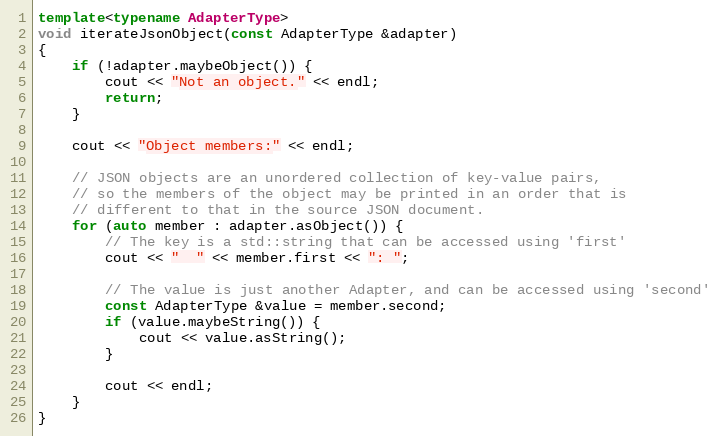
Language: C++
template<typename AdapterType>
void iterateJsonObject(const AdapterType &adapter)
{
    if (!adapter.maybeObject()) {
        cout << "Not an object." << endl;
        return;
    }

    cout << "Object members:" << endl;

    // JSON objects are an unordered collection of key-value pairs,
    // so the members of the object may be printed in an order that is
    // different to that in the source JSON document.
    for (auto member : adapter.asObject()) {
        // The key is a std::string that can be accessed using 'first'
        cout << "  " << member.first << ": ";

        // The value is just another Adapter, and can be accessed using 'second'
        const AdapterType &value = member.second;
        if (value.maybeString()) {
            cout << value.asString();
        }

        cout << endl;
    }
}